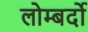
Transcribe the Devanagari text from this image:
लोम्बर्दो